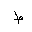
Letter: _da